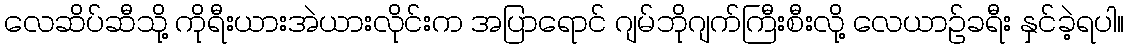
လေဆိပ်ဆီသို့ ကိုရီးယားအဲယားလိုင်းက အပြာရောင် ဂျမ်ဘိုဂျက်ကြီးစီးလို့ လေယာဉ်ခရီး နှင်ခဲ့ရပါ။